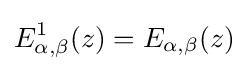
E_{\alpha ,\beta }^{1}(z)=E_{\alpha ,\beta }(z)